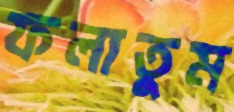
ফলাতুম